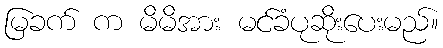
မြခက် က မိမိအား မင်ခံပုဆိုးပေးမည်။